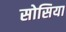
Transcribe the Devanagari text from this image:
सोसिया